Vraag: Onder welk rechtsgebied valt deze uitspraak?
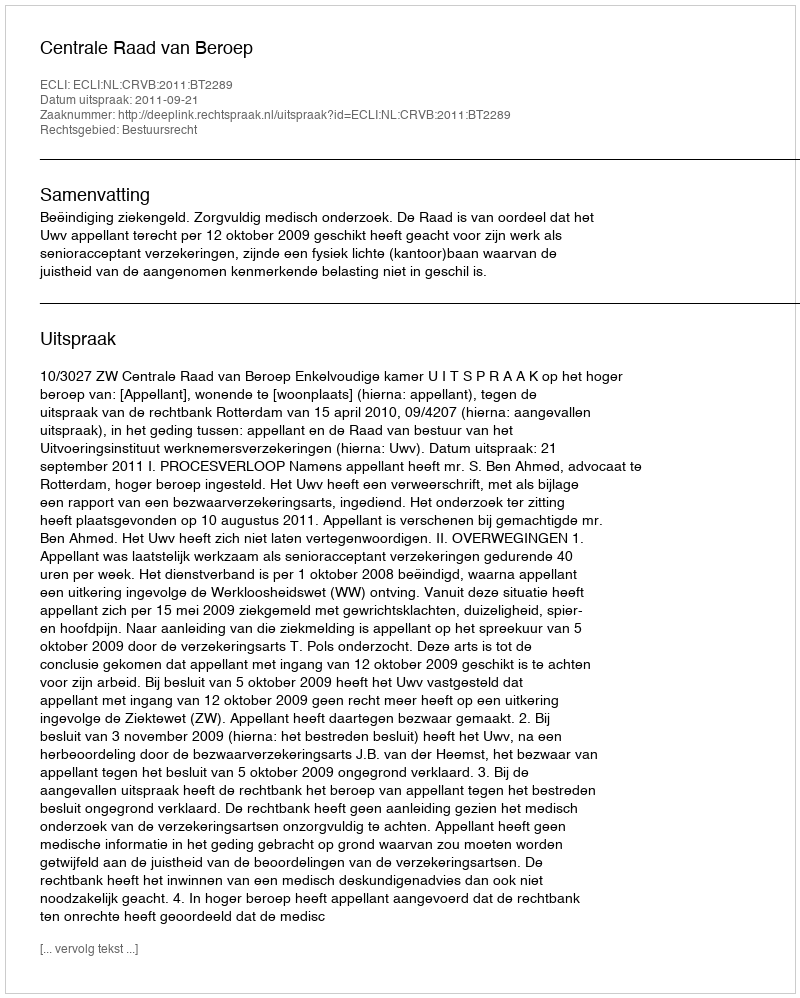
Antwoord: Bestuursrecht